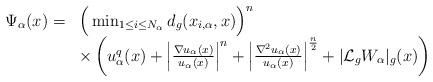
LaTeX: \begin{align*}\begin{array}{r l}\Psi_\alpha(x)=& \Big(\min_{1\leq i\leq N_\alpha}d_g(x_{i,\alpha},x)\Big)^n \\&\times \left(u^q_\alpha(x)+\left\vert\frac{\nabla u_\alpha(x)}{u_\alpha(x)}\right\vert^n+\left\vert\frac{\nabla^2u_\alpha(x)}{u_\alpha(x)}\right\vert^\frac{n}{2}+\vert\mathcal{L}_g W_\alpha\vert_g(x)\right)\end{array}\end{align*}